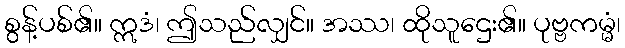
စွန့်ပစ်၏။ ဣဒံ၊ ဤသည်လျှင်။ အဿ၊ ထိုသူဌေး၏။ ပုဗ္ဗကမ္မံ၊